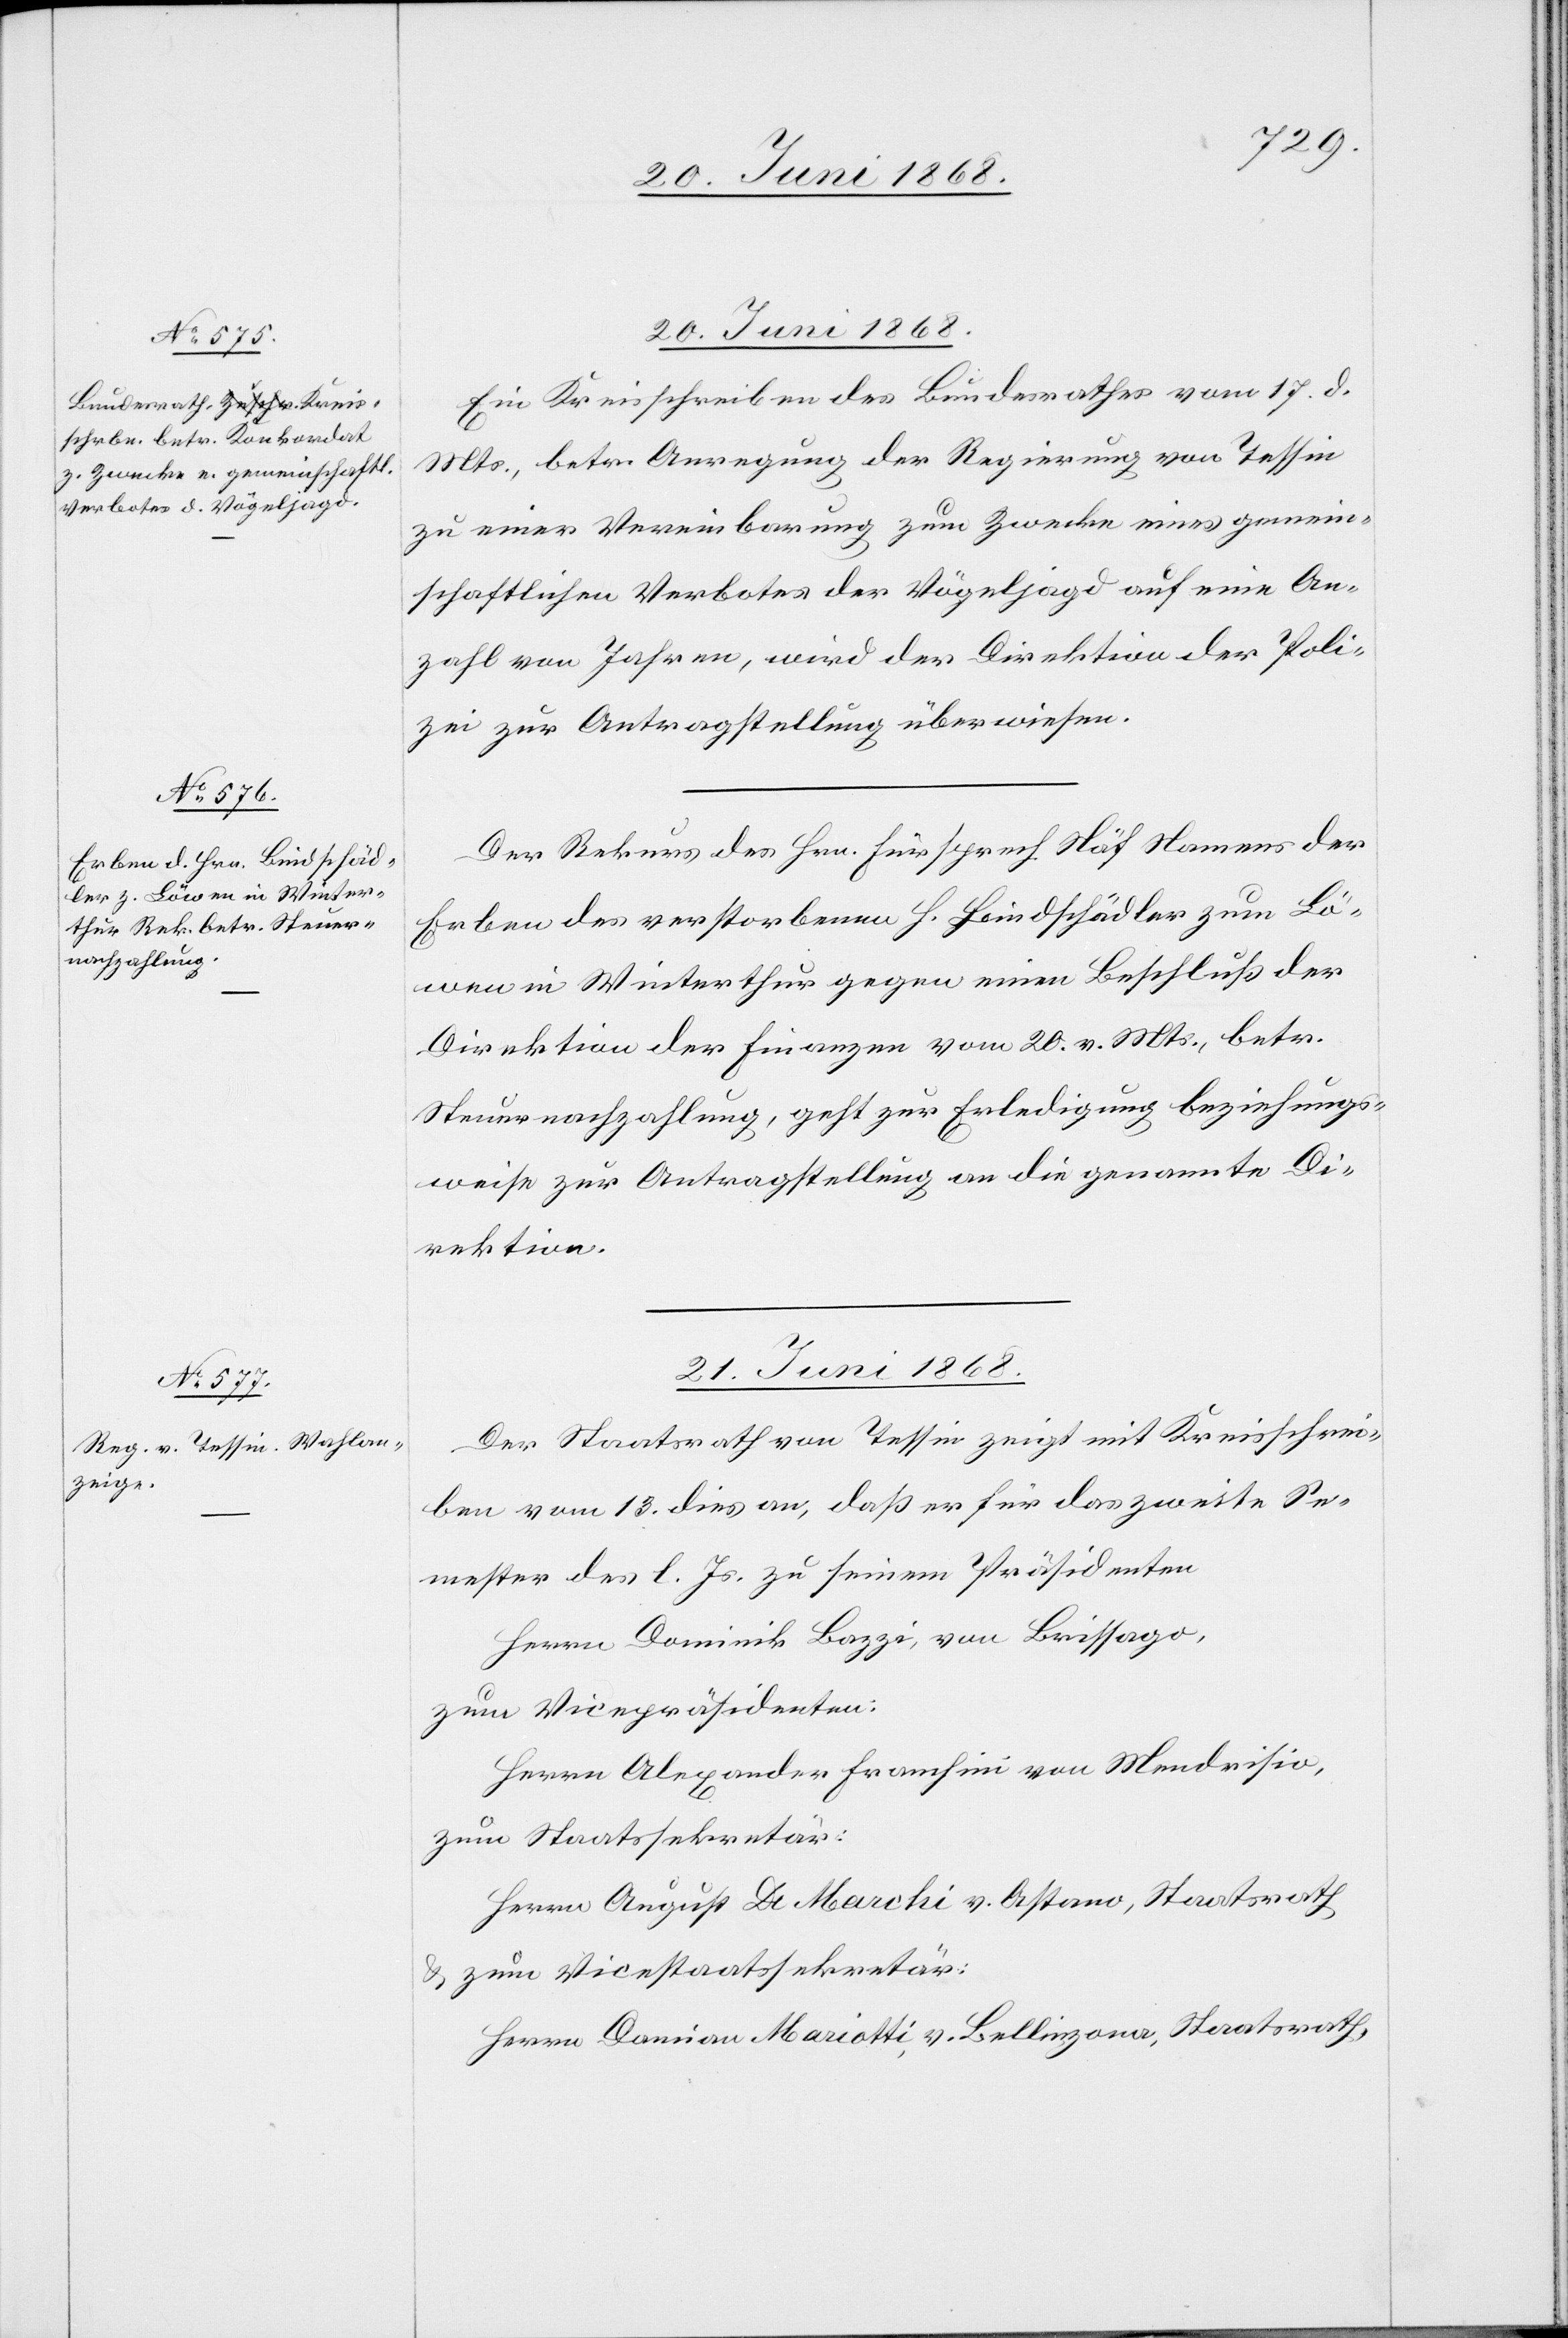
Js.

20. Juni 1868.]
20. Juni 1868.
Ein Kreisschreiben des Bundesrathes vom 17. d.
Mts., betr. Anregung der Regierung von Tessin
zu einer Vereinbarung zum Zwecke eines gemein¬
schaftlichen Verbotes der Vögeljagd auf eine An¬
zahl von Jahren, wird der Direktion der Poli¬
zei zur Antragstellung überwiesen.
Der Rekurs des Hrn. Fürsprech Näf Namens der
Erben des verstorbenen H. Bindschädler zum Lö¬
wen in Winterthur gegen einen Beschluß der
Direktion der Finanzen vom 20. v. Mts., betr.
Steuernachzahlung, geht zur Erledigung beziehungs¬
weise zur Antragstellung an die genannte Di¬
rektion.
21. Juni 1868.
Der Staatsrath von Tessin zeigt mit Kreisschrei¬
ben vom 13. dies an, daß er für das zweite Se¬
Herrn Dominik Bazzi, von Brissago,
zum Vicepräsidenten:
Herrn Alexander Franchini von Mendrisio,
zum Staatssekretär:
Herrn August De Marchi v. Astano, Staatsrath
& zum Vicestaatssekretär:
Herrn Damian Mariotti v. Bellinzona, Staatsrath,